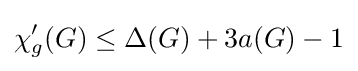
\chi '_{g}(G)\leq \Delta (G)+3a(G)-1